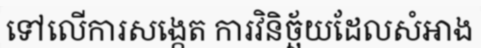
ទៅលើការសង្កេត ការវិនិច្ឆ័យដែលសំអាង